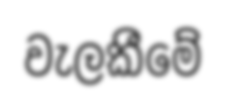
වැලකීමේ